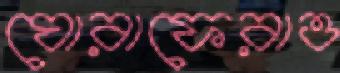
ঘোরাফেরাও